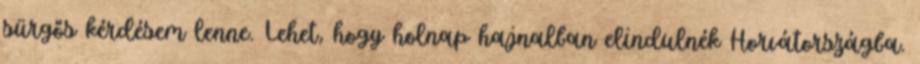
sürgős kérdésem lenne. Lehet, hogy holnap hajnalban elindulnék Horvátországba.